Report on vaccination in Madras 1895-1903 - 1895-1903
Year: 1895
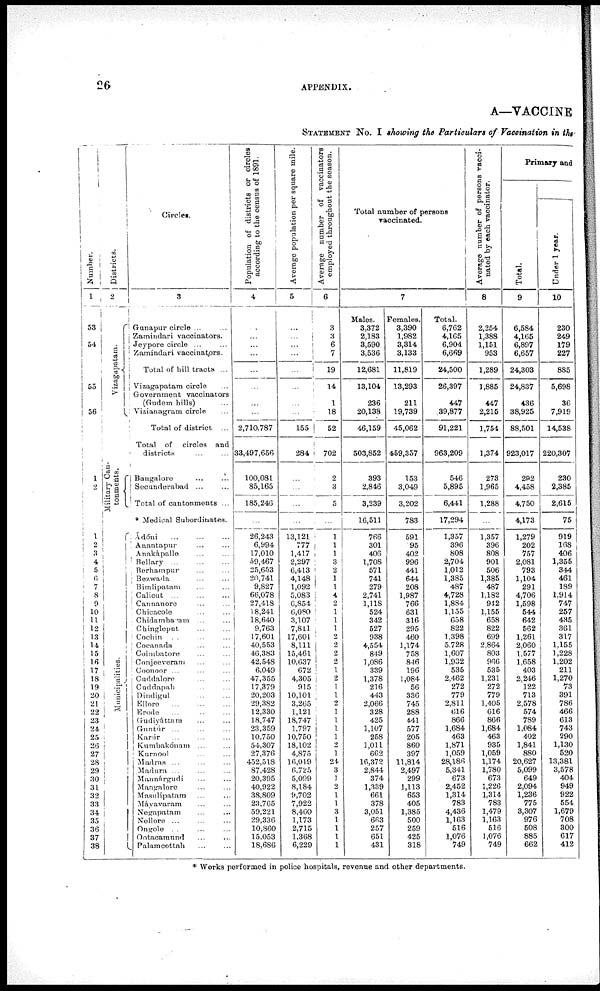
26
APPENDIX.
A—VACCINE
STATEMENT NO. I showing the Particulars of Vaccination in the
Number.
1
53
54
55
56
1
2
1
2
3
4
5
6
7
8
9
10 11
12
13
14
15
16
17
18
19
20
21
22
23
24
25
26
27
28
29
30
31
32
33
34
35
36
37
38
Districts.
2
Vizagapatam.
Military Can-
tonments.
Municipalities.
Circles.
3
Ganapur circle ... ...
Zamindari vaccinators.
Jeypore circle ... ...
Zamindari vaccinators.
Total of hill tracts ...
Vizagapatam circle
Government vaccinators
(Gudem hills) ...
Vizianagram circle ...
Total of district ...
Total of circles and
districts ... ...
Bangalore
...
...
Secunderabad ... ...
Total of cantonments ...
* Medical Subordinates.
Ádóni
...
...
...
Anantapur ... ...
Anakápalle ... ...
Bellary ... ... ...
Berhampur ... ...
Bezwada ... ...
Bimlipatam ... ...
Calicut ... ... ...
Cannanore ... ...
Chicacole ... ...
Chidambaram ... ...
Chingleput ... ...
Cochin ... ... ...
Cocanada ... ...
Coimbatore ... ...
Conjeeveram ... ...
Coonoor ... ... ...
Cuddalore ... ...
Cuddapah ... ...
Dindigul ... ...
Ellore
...
...
...
Erode ... ... ...
Gudiyáttam ... ...
Guntúr ... ... ...
Karúr ... ... ...
Kumbakónam ... ...
Kurnool ... ...
Madras ... ... ...
Madura ... ... ...
Munnárgudi ... ...
Mangalore ... ...
Masulipatam ... ...
Máyavaram ... ...
Negapatam ... ...
Nellore ... ... ...
Ongole ... ... ...
Ootacamund ... ...
Palamcottah ... ...
Population of districts or circles
according to the census of 1891.
4
...
...
...
...
...
...
...
...
2,710,787
33,497,656
100,081
85,165
185,246
...
26,243
6,994
17,010
59,467
25,653
20,741
9,827
66,078
27,418
18,241
18,640
9,763
17,601
40,553
46,383
42,548
6,049
47,355
17,379
20,203
29,382
12,330
18,747
23,359
10,750
54,307
27,376
452,518
87,428
20,395
40,922
38,809
23,765
59,221
29,336
10,860
15,053
18,686
Average population per square mile
5
...
...
...
...
...
...
...
...
155
284
...
...
...
...
13,121
777
1,417
2,297
6,413
4,148
1,092
5,083
6,854
6,080
3,107
7,811
17,601
8,111
15,461
10,637
672
4,305
915
10,101
3,265
1,121
18,747
1,797
10,750
18,102
4,875
16,019
6,725
5,099
8,184
9,702
7,922
8,460
1,173
2,715
1,368
6,229
Average number of vaccinators
employed throughout the season.
6
3
3
6
7
19
14
1
18
52
702
2
3
5
...
1
1
1
3
2
1
1
4
2
1
1
1
2
2 2
2
1
2
1
1
2
1
1
1
1
2
1
24
3
1
2
1
1
3
1
1
1
1
Total number of persons
vaccinated.
7
Males.
3,372
2,183
3,590
3,536
12,681
13,104
236
20,138
46,159
503,852
393
2,846
3,239
16,511
766
301
406
1,708
571
741
279
2,741
1,118
524
342
527
938
4,554
849
1,086
339
1,378
216
443
2,066
328
425
1,107
258
1,011
662
16,372
2,844
374
1,339
661
378
3,051
663
257
651
431
Females.
3,390
1,982
3,314
3,133
11,819
13,293
211
19,739
45,062
459,357
153
3,049
3,202
783
591
95
402
996
441
644
208
1,987
766
631
316
295
460
1,174
758
846
196
1,084
56
336
745
288
441
577
205
860
397
11,814
2,497
299
1,113
653
405
1,385
500
259
425
318
Total.
6,762
4,165
6,904
6,669
24,500
26,397
447
39,877
91,221
963,209
546
5,895
6,441
17,294
1,357
396
808
2,704
1,012
1,385
487
4,728
1,884
1,155
658
822
1,398
5,728
1,607
1,932
535
2,462
272
779
2,811
616
866
1,684
463
1,871
1,059
28,186
5,341
673
2,452
1,314
783
4,436
1,163
516
1,076
749
Average number of persons vacci-
nated by each vaccinator.
8
2,254
1,388
1,151
953
1,289
1,885
447
2,215
1,754
1,374
273
1,965
1,288
...
1,357
396
808
901
506
1,385
487
1,182
942
1,155
658
822
699
2,864
803
966
535
1,231
272
779
1,405
616
866
1,684
463
935
1,059
1,174
1,780
673
1,226
1,314
783
1,479
1,163
516
1,076
749
Primary and
Total.
9
6,584
4,165
6,897
6,657
24,303
24,837
436
38,925
88,501
923,017
292
4,458
4,750
4,173
1,279
202
757
2,081
793
1,104
291
4,706
1,598
544
642
562
1,261
2,060
1,577
1,658
403
2,246
122
713
2,578
574
789
1,084
402
1,841
880
20,627
5,099
649
2,094
1,236
775
3,307
976
508
885
662
Under 1 year.
10
230
249
179
227
885
5,698
36
7,919
14,538
220,307
230
2,385
2,615
75
919
168
406
1,355
344
461
189
1,914
747
257
435
361
317
1,155
1,228
1,202
211
1,270
73
391
786
466
613
743
290
1,130
520
13,381
3,578
404
949
922
554
1,679
708
300
617
412
* Works performed in police hospitals, revenue and other departments.